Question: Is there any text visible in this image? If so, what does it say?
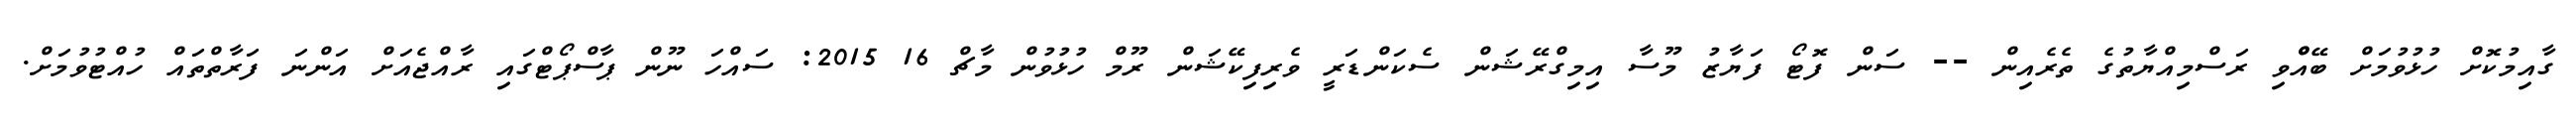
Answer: ގާއިމުކޮށް ހުޅުވުމަށް ބޭއްްވި ރަސްމިއްޔާތުގެ ތެރެއިން -- ސަން ފޮޓޯ ފަޔާޒު މޫސާ އިމިގްރޭޝަން ސެކަންޑަރީ ވެރިފިކޭޝަން ރޫމް ހުޅުވުން މާޗް 16 2015: ސައްހަ ނޫން ޕާސްޕޯޓްގައި ރާއްޖެއަށް އަންނަ ފަރާތްތައް ހުއްޓުވުމަށް.